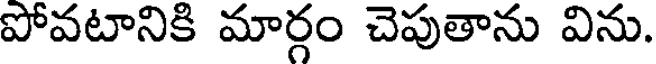
పోవటానికి మార్గం చెపుతాను విను.